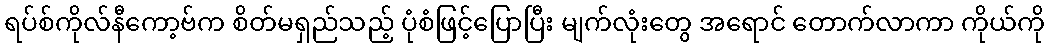
ရပ်စ်ကိုလ်နီကော့ဗ်က စိတ်မရှည်သည့် ပုံစံဖြင့်ပြောပြီး မျက်လုံးတွေ အရောင် တောက်လာကာ ကိုယ်ကို